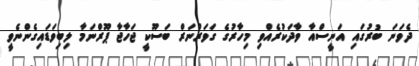
ދެވަނަ ބުރުގައި އަނީސްއާ ވާދަކުރެއްވި މިހާރުގެ ގަވަރްނަރް ބަސޫކީ ޖަހާޖާ ޕޫރްނަމާ ލިބިވަޑައިގެންނެވީ